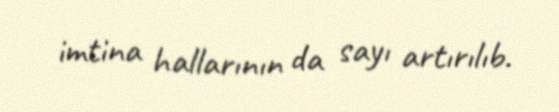
imtina hallarının da sayı artırılıb.